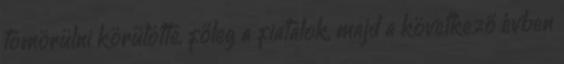
tömörülni körülötte, főleg a fiatalok, majd a következő évben